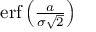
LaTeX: \textstyle \operatorname { e r f } \left( { \frac { a } { \sigma { \sqrt { 2 } } } } \right)